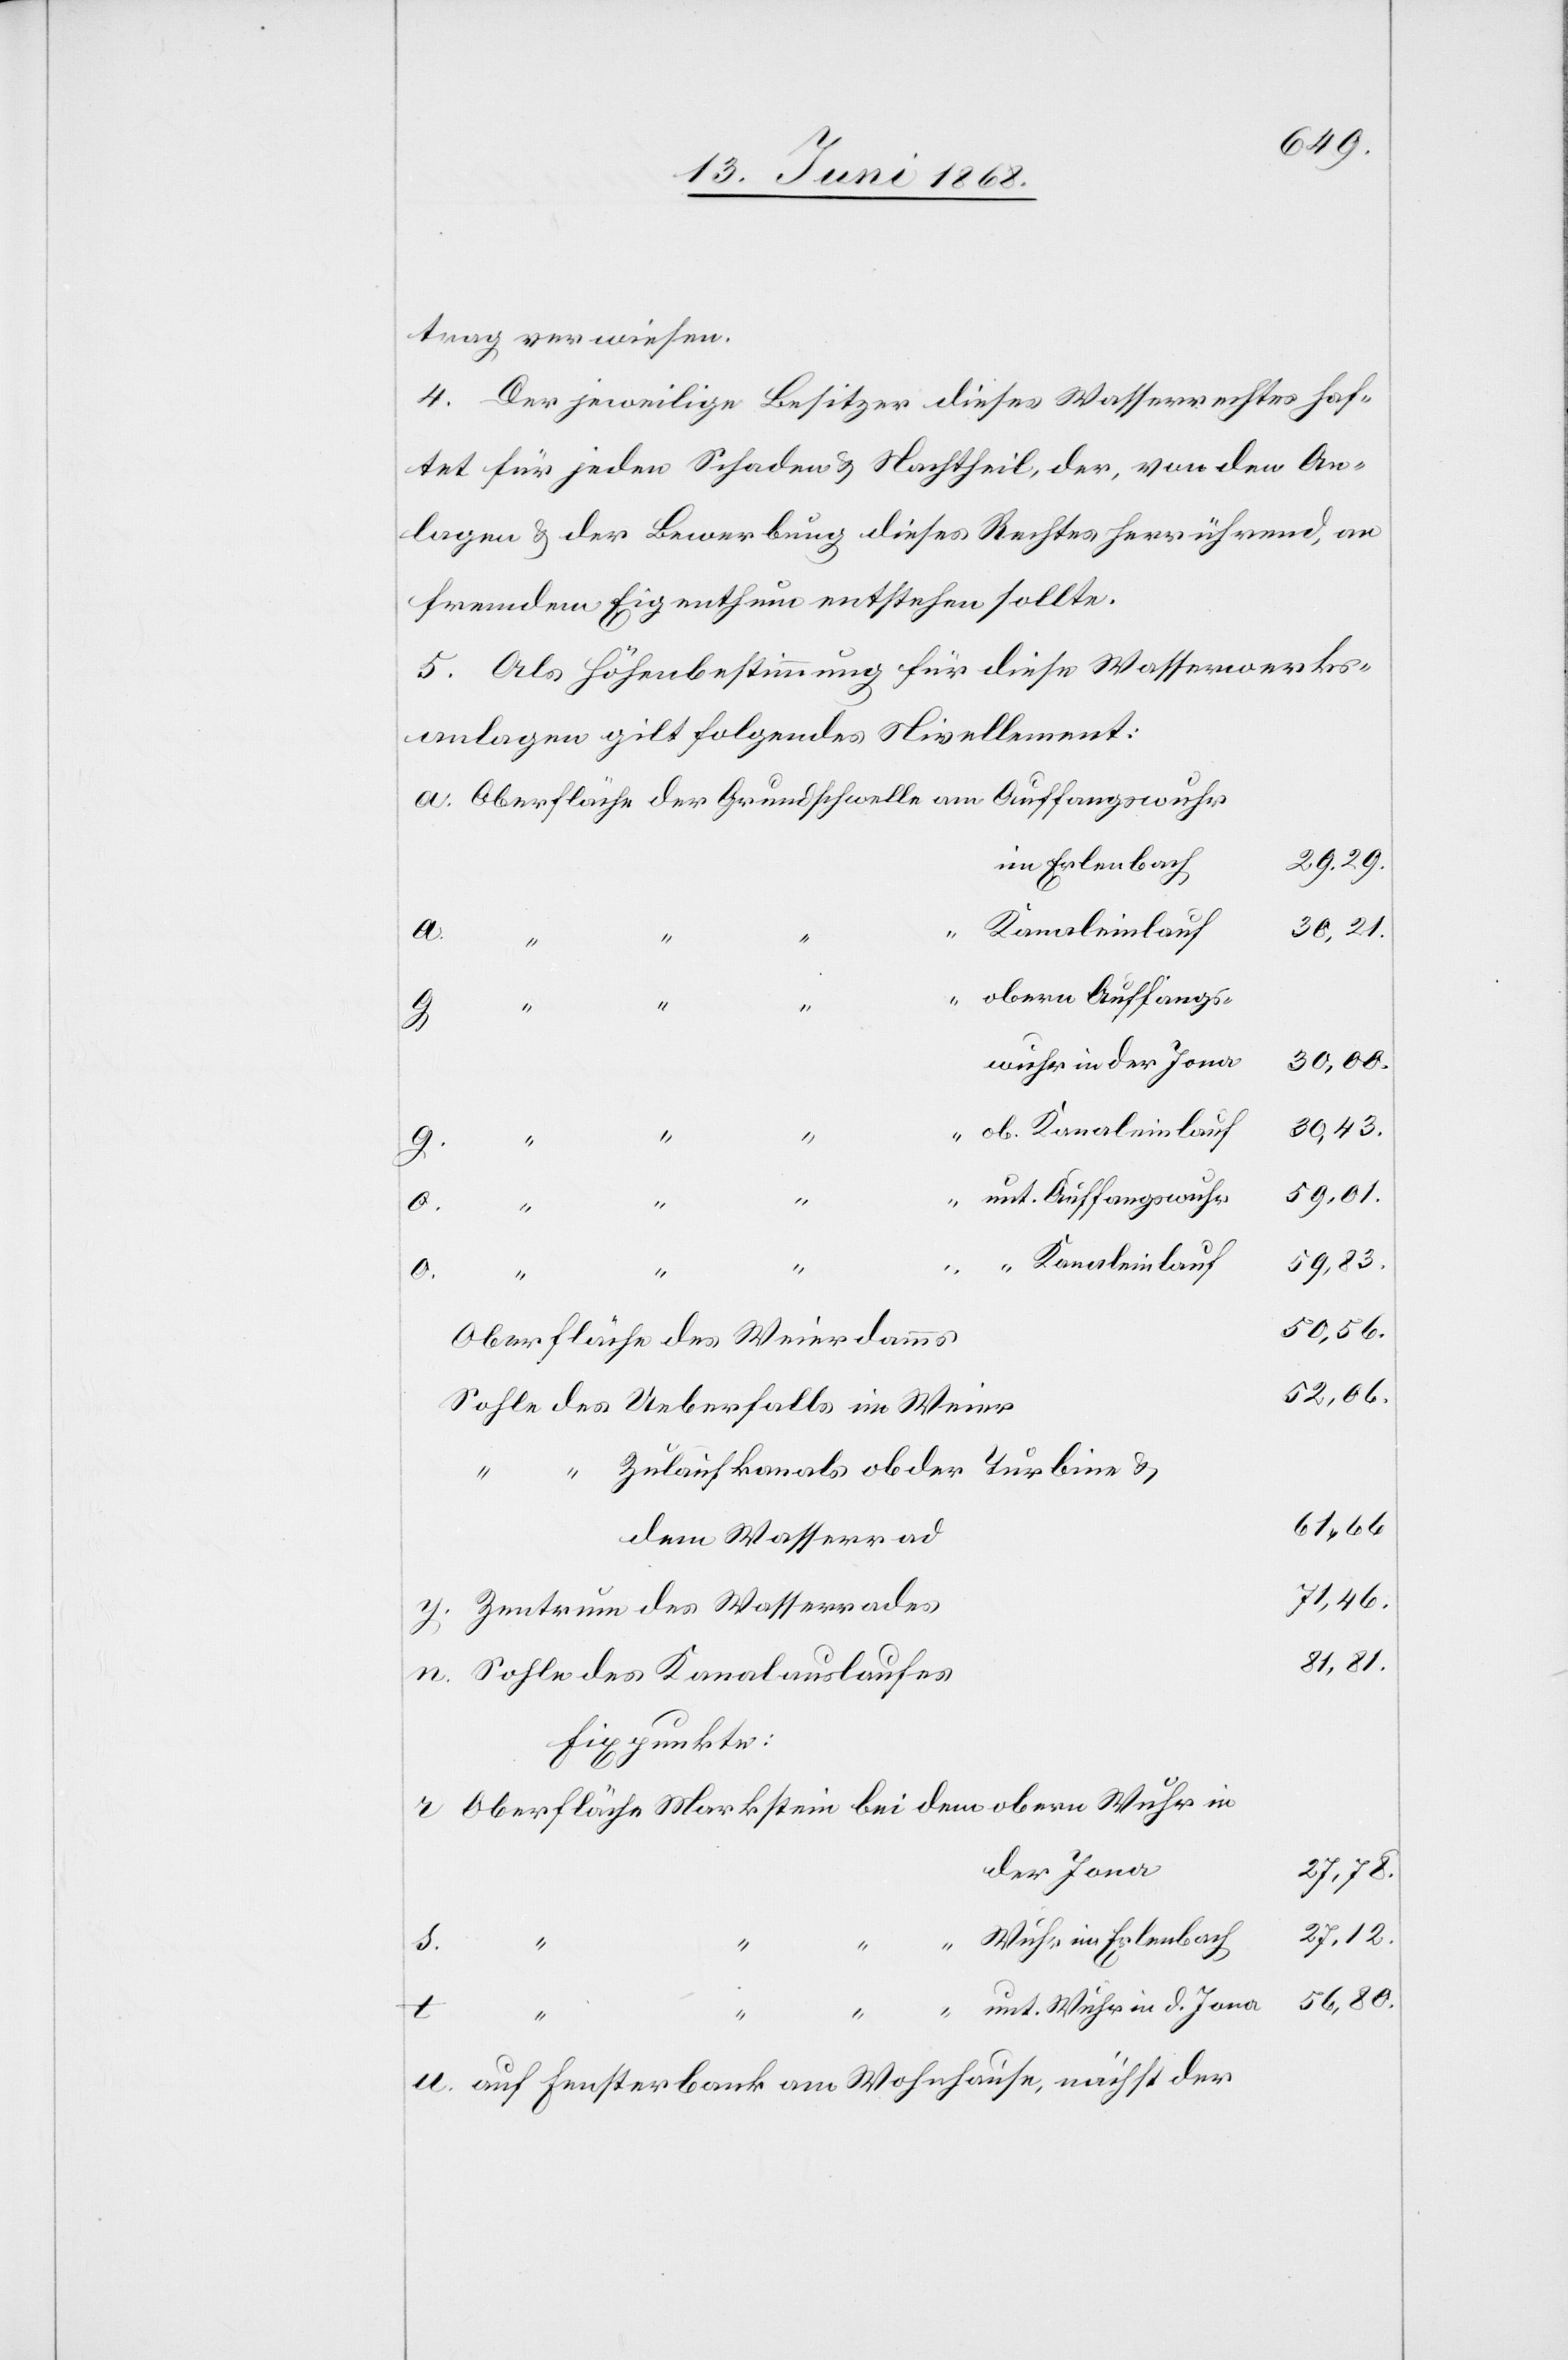
trag verwiesen.
4. Der jeweilige Besitzer dieses Wasserrechtes haf¬
tet für jeden Schaden & Nachtheil, der, von den An¬
lagen & der Bewerbung dieses Rechtes herrührend, an
fremdem Eigenthum entstehen sollte.
5. Als Höhenbestimmung für diese Wasserwerks¬
anlagen gilt folgendes Nivellement:
Oberfläche der Grundschwelle am Auffangswuhr
im Erlenbach
29,29.
30,21.
“
“ “
“ obern Auffangs¬
81,81.
wuhr in der Jona
30,43.
“ ob. Kanaleinlauf
59,01.
unt. Auffangswuhr
“
“
Wuhr
59,83.
“ Kanaleinlauf
n.
50,56.
Oberfläche des Weierdamms
52,06.
Sohle des Ueberfalls im Weier
Zulaufkanals ob der Turbine &
61,66
dem Wasserrad
71,46.
Zentrum des Wasserrades
Sohle des Kanalauslaufes
Fixpunkte:
Oberfläche Markstein bei dem obern Wuhr in
der Jona
27,12.
56,80.
u.
“ “ unt. Wuhr in d. Jona
auf Fensterbank am Wohnhause, nächst der